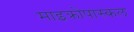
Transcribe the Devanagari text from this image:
माइक्रोपास्कल